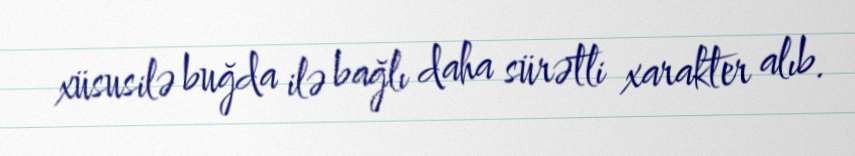
xüsusilə buğda ilə bağlı daha sürətli xarakter alıb.